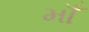
માઁ